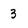
Character: 3